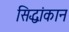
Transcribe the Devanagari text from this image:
सिद्धांकान